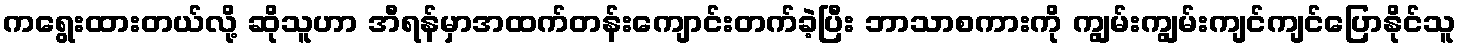
ကရွေးထားတယ်လို့ ဆိုသူဟာ အီရန်မှာအထက်တန်းကျောင်းတက်ခဲ့ပြီး ဘာသာစကားကို ကျွမ်းကျွမ်းကျင်ကျင်ပြောနိုင်သူ